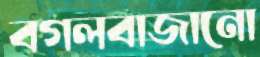
বগলবাজানো